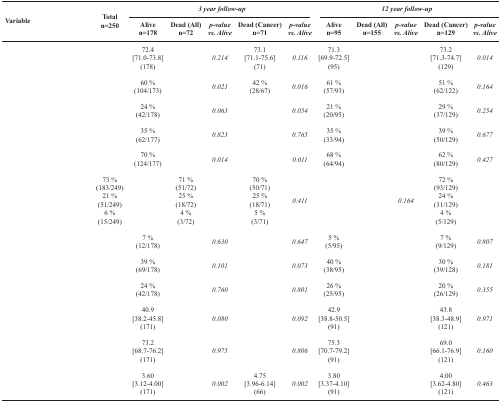
<table><thead><tr><td colspan="2">[EMPTY_CELL]</td><td>[EMPTY_CELL]</td><td colspan="5"><b><i>3 year follow-up</i></b></td><td colspan="5"><b><i>12 year follow-up</i></b></td></tr><tr><td colspan="2"><b>Variable</b></td><td><b>Total n=250</b></td><td><b>Alive n=178</b></td><td><b>Dead (All) n=72</b></td><td><b><i>p-value vs. Alive</i></b></td><td><b>Dead (Cancer) n=71</b></td><td><b><i>p-value vs. Alive</i></b></td><td><b>Alive n=95</b></td><td><b>Dead (All) n=155</b></td><td><b><i>p-value vs. Alive</i></b></td><td><b>Dead (Cancer) n=129</b></td><td><b><i>p-value vs. Alive</i></b></td></tr></thead><tbody><tr><td colspan="2">[EMPTY_CELL]</td><td>[EMPTY_CELL]</td><td>72.4[71.0-73.8](178)</td><td>[EMPTY_CELL]</td><td><i>0.214</i></td><td>73.1[71.1-75.6](71)</td><td><i>0.116</i></td><td>71.3[69.9-72.5](95)</td><td>[EMPTY_CELL]</td><td>[EMPTY_CELL]</td><td>73.2[71.3-74.7](129)</td><td><i>0.014</i></td></tr><tr><td colspan="2">[EMPTY_CELL]</td><td>[EMPTY_CELL]</td><td>60 %(104/173)</td><td>[EMPTY_CELL]</td><td><i>0.021</i></td><td>42 %(28/67)</td><td><i>0.016</i></td><td>61 %(57/93)</td><td>[EMPTY_CELL]</td><td>[EMPTY_CELL]</td><td>51 %(62/122)</td><td><i>0.164</i></td></tr><tr><td colspan="2">[EMPTY_CELL]</td><td>[EMPTY_CELL]</td><td>24 %(42/178)</td><td>[EMPTY_CELL]</td><td><i>0.063</i></td><td>[EMPTY_CELL]</td><td><i>0.054</i></td><td>21 %(20/95)</td><td>[EMPTY_CELL]</td><td>[EMPTY_CELL]</td><td>29 %(37/129)</td><td><i>0.254</i></td></tr><tr><td colspan="2">[EMPTY_CELL]</td><td>[EMPTY_CELL]</td><td>35 %(62/177)</td><td>[EMPTY_CELL]</td><td><i>0.823</i></td><td>[EMPTY_CELL]</td><td><i>0.765</i></td><td>35 %(33/94)</td><td>[EMPTY_CELL]</td><td>[EMPTY_CELL]</td><td>39 %(50/129)</td><td><i>0.677</i></td></tr><tr><td colspan="2">[EMPTY_CELL]</td><td>[EMPTY_CELL]</td><td>70 %(124/177)</td><td>[EMPTY_CELL]</td><td><i>0.014</i></td><td>[EMPTY_CELL]</td><td><i>0.011</i></td><td>68 %(64/94)</td><td>[EMPTY_CELL]</td><td>[EMPTY_CELL]</td><td>62 %(80/129)</td><td><i>0.427</i></td></tr><tr><td>[EMPTY_CELL]</td><td>[EMPTY_CELL]</td><td>73 %(183/249)21 %(51/249)6 %(15/249)</td><td>[EMPTY_CELL]</td><td>71 %(51/72)25 %(18/72)4 %(3/72)</td><td>[EMPTY_CELL]</td><td>70 %(50/71)25 %(18/71)5 %(3/71)</td><td><i>0.411</i></td><td>[EMPTY_CELL]</td><td>[EMPTY_CELL]</td><td><i>0.164</i></td><td>72 %(93/129)24 %(31/129)4 %(5/129)</td><td>[EMPTY_CELL]</td></tr><tr><td colspan="2">[EMPTY_CELL]</td><td>[EMPTY_CELL]</td><td>7 %(12/178)</td><td>[EMPTY_CELL]</td><td><i>0.630</i></td><td>[EMPTY_CELL]</td><td><i>0.647</i></td><td>5 %(5/95)</td><td>[EMPTY_CELL]</td><td>[EMPTY_CELL]</td><td>7 %(9/129)</td><td><i>0.807</i></td></tr><tr><td colspan="2">[EMPTY_CELL]</td><td>[EMPTY_CELL]</td><td>39 %(69/178)</td><td>[EMPTY_CELL]</td><td><i>0.101</i></td><td>[EMPTY_CELL]</td><td><i>0.073</i></td><td>40 %(38/95)</td><td>[EMPTY_CELL]</td><td>[EMPTY_CELL]</td><td>30 %(39/128)</td><td><i>0.181</i></td></tr><tr><td colspan="2">[EMPTY_CELL]</td><td>[EMPTY_CELL]</td><td>24 %(42/178)</td><td>[EMPTY_CELL]</td><td><i>0.760</i></td><td>[EMPTY_CELL]</td><td><i>0.801</i></td><td>26 %(25/95)</td><td>[EMPTY_CELL]</td><td>[EMPTY_CELL]</td><td>20 %(26/129)</td><td><i>0.355</i></td></tr><tr><td colspan="2">[EMPTY_CELL]</td><td>[EMPTY_CELL]</td><td>40.9[38.2-45.8](171)</td><td>[EMPTY_CELL]</td><td><i>0.080</i></td><td>[EMPTY_CELL]</td><td><i>0.092</i></td><td>42.9[38.8-50.5](91)</td><td>[EMPTY_CELL]</td><td>[EMPTY_CELL]</td><td>43.8[38.3-48.9](121)</td><td><i>0.971</i></td></tr><tr><td colspan="2">[EMPTY_CELL]</td><td>[EMPTY_CELL]</td><td>73.2[68.7-76.2](171)</td><td>[EMPTY_CELL]</td><td><i>0.975</i></td><td>[EMPTY_CELL]</td><td><i>0.806</i></td><td>75.3[70.7-79.2](91)</td><td>[EMPTY_CELL]</td><td>[EMPTY_CELL]</td><td>69.0[66.1-76.9](121)</td><td><i>0.160</i></td></tr><tr><td colspan="2">[EMPTY_CELL]</td><td>[EMPTY_CELL]</td><td>3.60[3.12-4.00](171)</td><td>[EMPTY_CELL]</td><td><i>0.002</i></td><td>4.75[3.96-6.14](66)</td><td><i>0.002</i></td><td>3.80[3.37-4.10](91)</td><td>[EMPTY_CELL]</td><td>[EMPTY_CELL]</td><td>4.00[3.62-4.80](121)</td><td><i>0.463</i></td></tr></tbody></table>